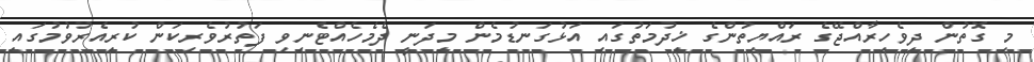
މި ގޮތުން ދިވެހިރާއްޖޭގެ ރައްޔިތުންގެ ޚިދުމަތުގައި އަޅުގަނޑުމެން މިދަނީ ދެމެހެއްޓެނިވި ފަތުރުވެރިކަން ކުރިއެރުވުމުގައި